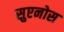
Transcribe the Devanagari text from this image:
सुएनोस